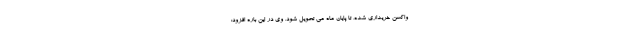
واکسن خریداری شده، تا پایان ماه می تحویل شود. وی در این باره افزود: